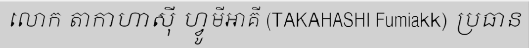
លោក តាកាហាស៊ី ហ្វូមីអាគី (TAKAHASHI Fumiakk) ប្រធាន